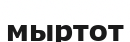
мыртот